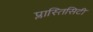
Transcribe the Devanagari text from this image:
प्लास्तिसिटी